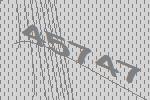
45747